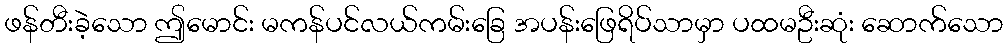
ဖန်တီးခဲ့သော ဤမောင်း မကန်ပင်လယ်ကမ်းခြေ အပန်းဖြေရိပ်သာမှာ ပထမဦးဆုံး ဆောက်သော